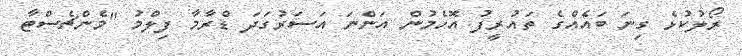
ރޯލުކުޅެ ގިނަ ބައެއްގެ ތައުރީފު އޮހެމުން އަންނަ އަސަރުގަދަ ޑްރާމާ ފިލްމު "މެންޗެސްޓާ